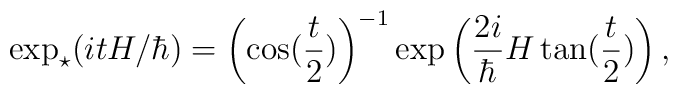
\exp_\star(itH/\hbar)= \left ( \cos(\frac{t}{2})\right ) ^{-1}\exp\left ( \frac{2i}{\hbar} H\tan(\frac{t}{2})\right ) ,